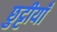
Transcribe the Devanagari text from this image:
छुट्टीयाँ